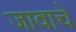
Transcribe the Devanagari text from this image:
जावाचे